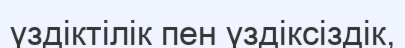
үздіктілік пен үздіксіздік,